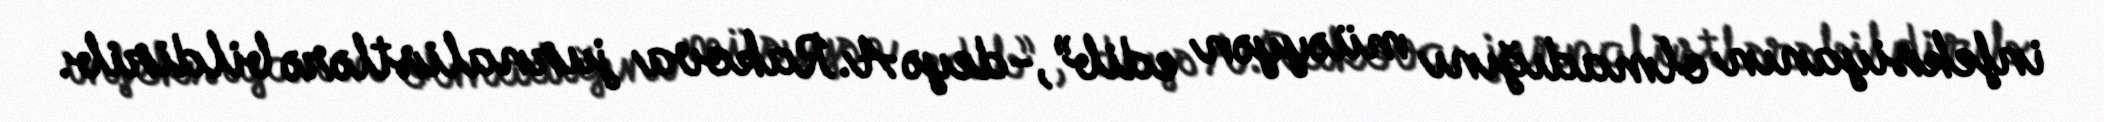
infeksiyanın olmadığını müəyyən edib”,-deyə A.Rakova jurnalistlərə bildirib.